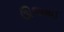
ઊજવાઈ